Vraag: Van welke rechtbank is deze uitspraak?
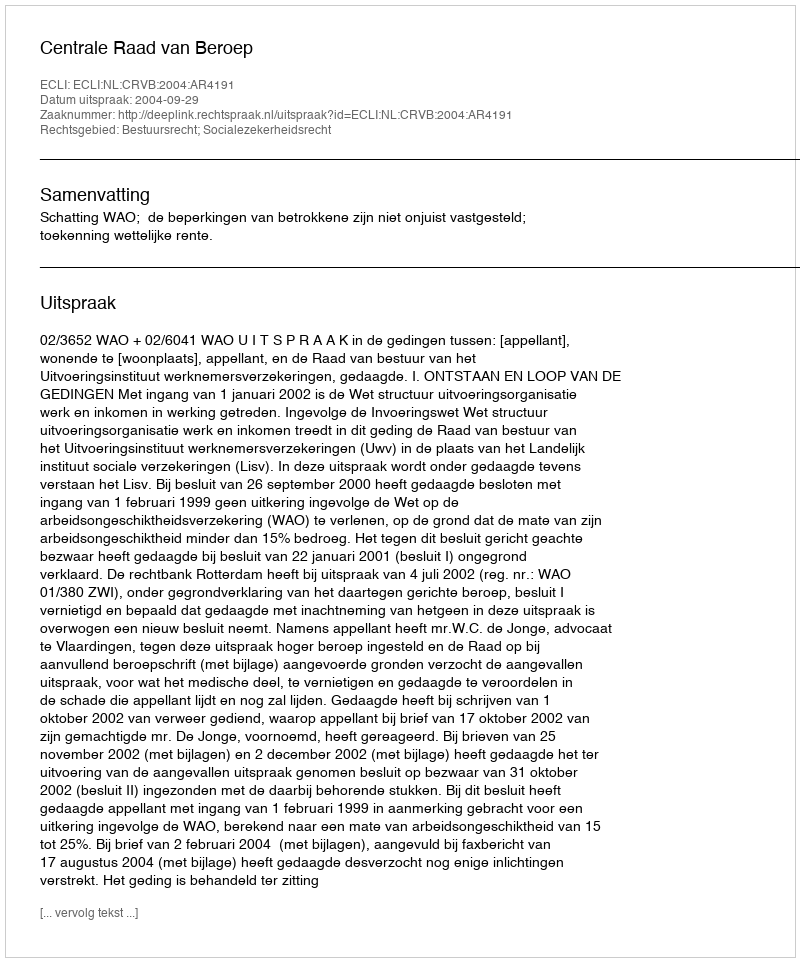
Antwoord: Centrale Raad van Beroep